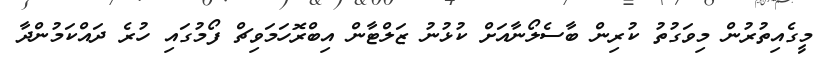
މީގެއިތުރުން މިވަގުތު ކުރިން ބާސެލޯނާއަށް ކުޅުނު ޒަލްޓާން އިބްރޮހަމަވިޗް ފޯމުގައި ހުރެ ދައްކަމުންދާ